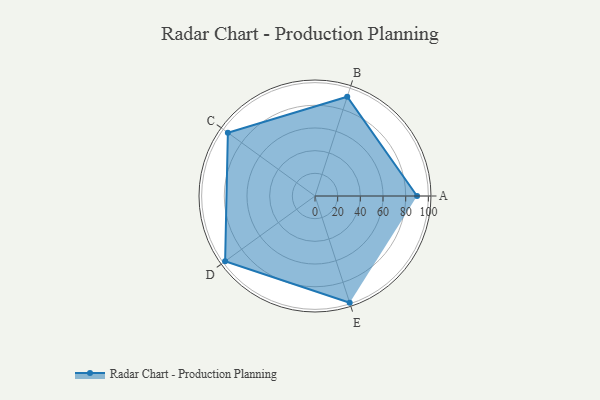
{"axis": {"x": "Skill", "y": "Score"}, "legend": ["Profile"], "data": [{"x": "A", "y": 90.0, "type": "Profile"}, {"x": "B", "y": 92.0, "type": "Profile"}, {"x": "C", "y": 95.0, "type": "Profile"}, {"x": "D", "y": 98.0, "type": "Profile"}, {"x": "E", "y": 99, "type": "Profile"}]}